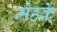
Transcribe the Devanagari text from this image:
मेहकें